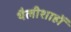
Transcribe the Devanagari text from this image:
थैलीशाहों